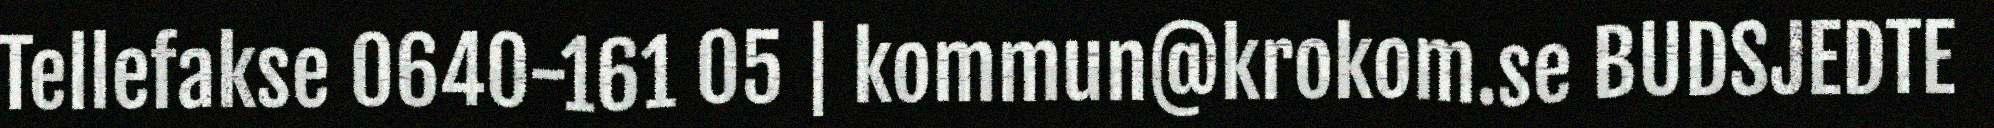
Tellefakse 0640-161 05 | kommun@krokom.se BUDSJEDTE